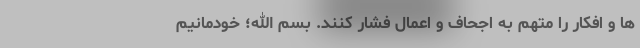
ها و افکار را متهم به اجحاف و اعمال فشار کنند. بسم الله؛ خودمانیم